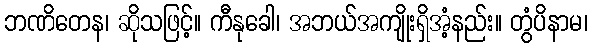
ဘဏိတေန၊ ဆိုသဖြင့်။ ကီနုခေါ၊ အဘယ်အကျိုးရှိအံ့နည်း။ တွံပိနာမ၊